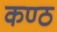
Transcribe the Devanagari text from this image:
कण्‍ठ